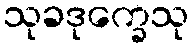
သုခဒုက္ခေသု